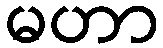
မဟာ